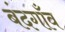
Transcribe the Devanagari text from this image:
बंदगाँव